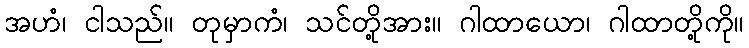
အဟံ၊ ငါသည်။ တုမှာကံ၊ သင်တို့အား။ ဂါထာယော၊ ဂါထာတို့ကို။